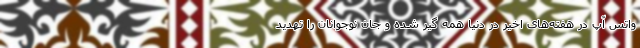
واتس آپ در هفته‌های اخیر در دنیا همه گیر شده و جان نوجوانان را تهدید